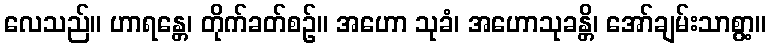
လေသည်။ ဟာရန္တေ၊ တိုက်ခတ်စဉ်။ အဟော သုခံ၊ အဟောသုခန္တိ၊ အော်ချမ်းသာစွာ့။